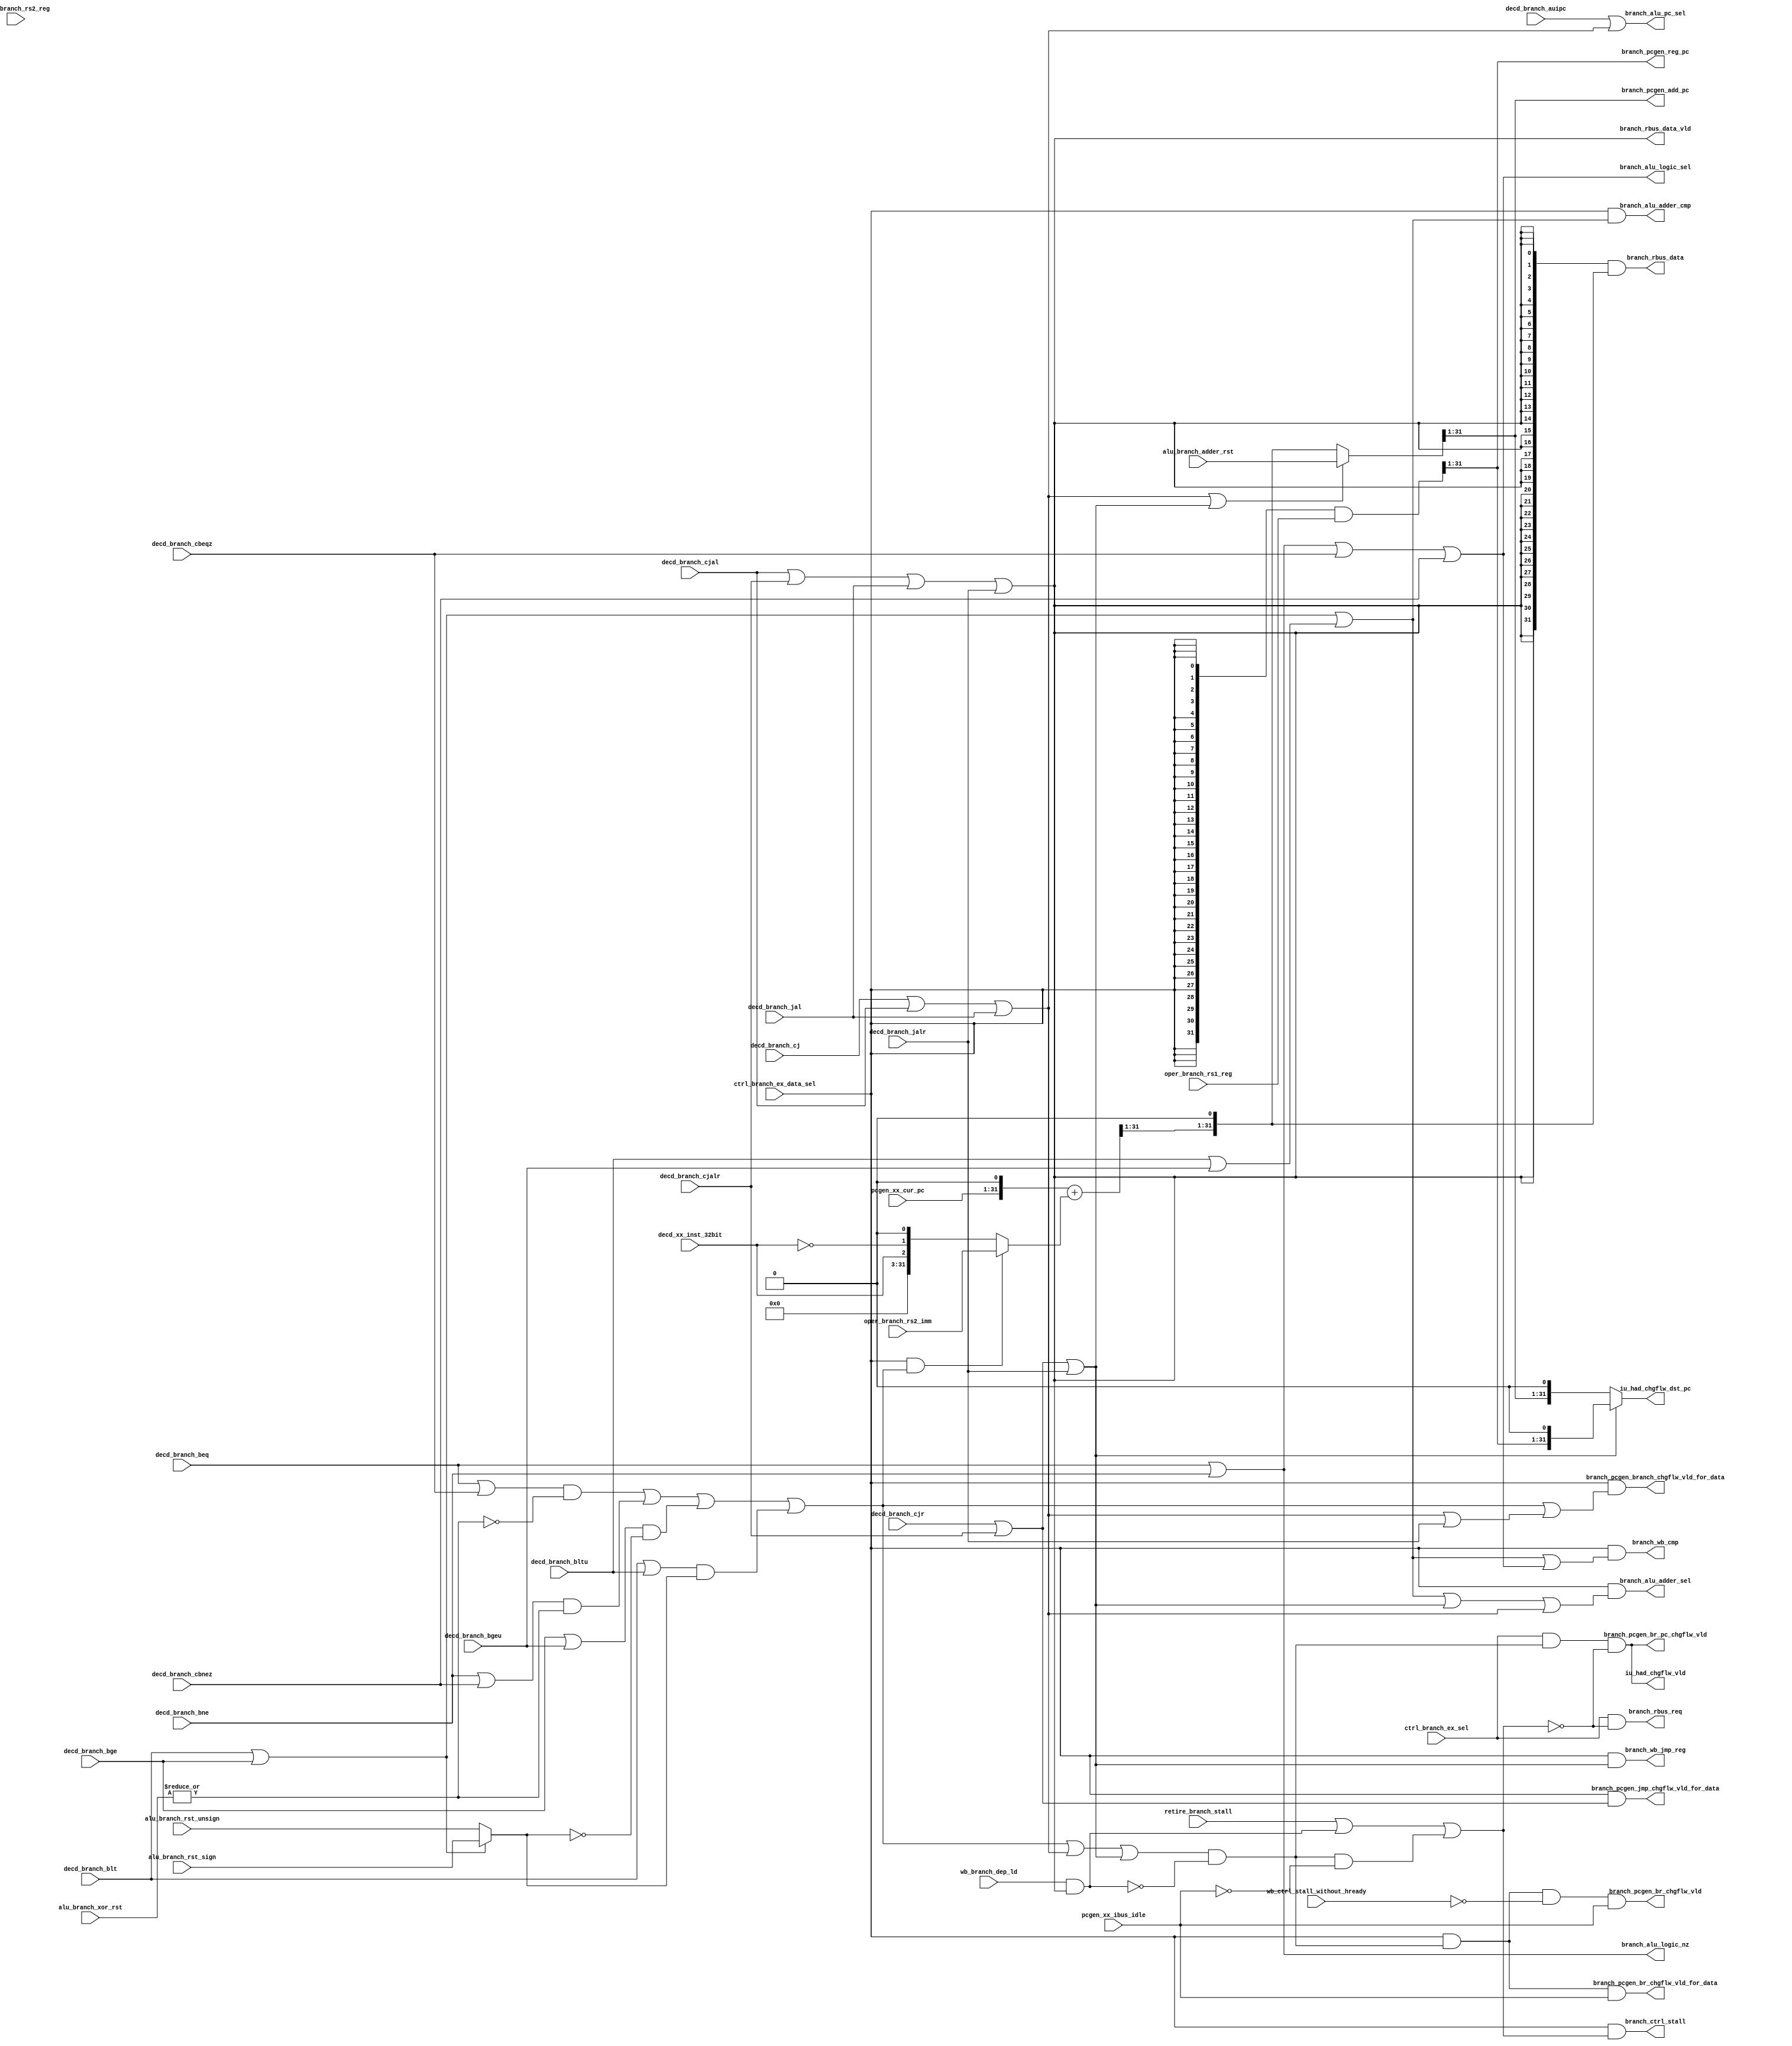
/*Copyright 2018-2021 T-Head Semiconductor Co., Ltd.

Licensed under the Apache License, Version 2.0 (the "License");
you may not use this file except in compliance with the License.
You may obtain a copy of the License at

    http://www.apache.org/licenses/LICENSE-2.0

Unless required by applicable law or agreed to in writing, software
distributed under the License is distributed on an "AS IS" BASIS,
WITHOUT WARRANTIES OR CONDITIONS OF ANY KIND, either express or implied.
See the License for the specific language governing permissions and
limitations under the License.
*/

// &ModuleBeg; @25
module cr_iu_branch(
  alu_branch_adder_rst,
  alu_branch_rst_sign,
  alu_branch_rst_unsign,
  alu_branch_xor_rst,
  branch_alu_adder_cmp,
  branch_alu_adder_sel,
  branch_alu_logic_nz,
  branch_alu_logic_sel,
  branch_alu_pc_sel,
  branch_ctrl_stall,
  branch_pcgen_add_pc,
  branch_pcgen_br_chgflw_vld,
  branch_pcgen_br_chgflw_vld_for_data,
  branch_pcgen_br_pc_chgflw_vld,
  branch_pcgen_branch_chgflw_vld_for_data,
  branch_pcgen_jmp_chgflw_vld_for_data,
  branch_pcgen_reg_pc,
  branch_rbus_data,
  branch_rbus_data_vld,
  branch_rbus_req,
  branch_wb_cmp,
  branch_wb_jmp_reg,
  ctrl_branch_ex_data_sel,
  ctrl_branch_ex_sel,
  decd_branch_auipc,
  decd_branch_beq,
  decd_branch_bge,
  decd_branch_bgeu,
  decd_branch_blt,
  decd_branch_bltu,
  decd_branch_bne,
  decd_branch_cbeqz,
  decd_branch_cbnez,
  decd_branch_cj,
  decd_branch_cjal,
  decd_branch_cjalr,
  decd_branch_cjr,
  decd_branch_jal,
  decd_branch_jalr,
  decd_xx_inst_32bit,
  iu_had_chgflw_dst_pc,
  iu_had_chgflw_vld,
  oper_branch_rs1_reg,
  oper_branch_rs2_imm,
  oper_branch_rs2_reg,
  pcgen_xx_cur_pc,
  pcgen_xx_ibus_idle,
  retire_branch_stall,
  wb_branch_dep_ld,
  wb_ctrl_stall_without_hready
);

// &Ports; @26
input   [31:0]  alu_branch_adder_rst;                   
input           alu_branch_rst_sign;                    
input           alu_branch_rst_unsign;                  
input   [31:0]  alu_branch_xor_rst;                     
input           ctrl_branch_ex_data_sel;                
input           ctrl_branch_ex_sel;                     
input           decd_branch_auipc;                      
input           decd_branch_beq;                        
input           decd_branch_bge;                        
input           decd_branch_bgeu;                       
input           decd_branch_blt;                        
input           decd_branch_bltu;                       
input           decd_branch_bne;                        
input           decd_branch_cbeqz;                      
input           decd_branch_cbnez;                      
input           decd_branch_cj;                         
input           decd_branch_cjal;                       
input           decd_branch_cjalr;                      
input           decd_branch_cjr;                        
input           decd_branch_jal;                        
input           decd_branch_jalr;                       
input           decd_xx_inst_32bit;                     
input   [31:0]  oper_branch_rs1_reg;                    
input   [31:0]  oper_branch_rs2_imm;                    
input   [31:0]  oper_branch_rs2_reg;                    
input   [30:0]  pcgen_xx_cur_pc;                        
input           pcgen_xx_ibus_idle;                     
input           retire_branch_stall;                    
input           wb_branch_dep_ld;                       
input           wb_ctrl_stall_without_hready;           
output          branch_alu_adder_cmp;                   
output          branch_alu_adder_sel;                   
output          branch_alu_logic_nz;                    
output          branch_alu_logic_sel;                   
output          branch_alu_pc_sel;                      
output          branch_ctrl_stall;                      
output  [30:0]  branch_pcgen_add_pc;                    
output          branch_pcgen_br_chgflw_vld;             
output          branch_pcgen_br_chgflw_vld_for_data;    
output          branch_pcgen_br_pc_chgflw_vld;          
output          branch_pcgen_branch_chgflw_vld_for_data; 
output          branch_pcgen_jmp_chgflw_vld_for_data;   
output  [30:0]  branch_pcgen_reg_pc;                    
output  [31:0]  branch_rbus_data;                       
output          branch_rbus_data_vld;                   
output          branch_rbus_req;                        
output          branch_wb_cmp;                          
output          branch_wb_jmp_reg;                      
output  [31:0]  iu_had_chgflw_dst_pc;                   
output          iu_had_chgflw_vld;                      

// &Regs; @27

// &Wires; @28
wire    [31:0]  adder_pc;                               
wire    [31:0]  adder_src0;                             
wire    [31:0]  adder_src1;                             
wire    [31:0]  alu_branch_adder_rst;                   
wire            alu_branch_rst_sign;                    
wire            alu_branch_rst_unsign;                  
wire    [31:0]  alu_branch_xor_rst;                     
wire            branch_alu_adder_cmp;                   
wire            branch_alu_adder_sel;                   
wire            branch_alu_logic_nz;                    
wire            branch_alu_logic_sel;                   
wire            branch_alu_pc_sel;                      
wire            branch_br;                              
wire            branch_br_chgflw;                       
wire            branch_br_cmp;                          
wire            branch_br_cmpu;                         
wire            branch_br_eql;                          
wire            branch_br_xor;                          
wire            branch_cmp_result;                      
wire            branch_ctrl_stall;                      
wire            branch_eql_result;                      
wire    [31:0]  branch_imm;                             
wire            branch_jmp;                             
wire            branch_jmp_pc;                          
wire            branch_jmp_reg;                         
wire            branch_link;                            
wire    [30:0]  branch_pcgen_add_pc;                    
wire            branch_pcgen_br_chgflw_vld;             
wire            branch_pcgen_br_chgflw_vld_for_data;    
wire            branch_pcgen_br_pc_chgflw_vld;          
wire            branch_pcgen_branch_chgflw_vld_for_data; 
wire            branch_pcgen_jmp_chgflw_vld_for_data;   
wire    [30:0]  branch_pcgen_reg_pc;                    
wire    [31:0]  branch_rbus_data;                       
wire            branch_rbus_data_vld;                   
wire            branch_rbus_req;                        
wire    [31:0]  branch_rs1;                             
wire            branch_stall;                           
wire            branch_taken;                           
wire            branch_wb_cmp;                          
wire            branch_wb_jmp_reg;                      
wire            ctrl_branch_ex_data_sel;                
wire            ctrl_branch_ex_sel;                     
wire            decd_branch_auipc;                      
wire            decd_branch_beq;                        
wire            decd_branch_bge;                        
wire            decd_branch_bgeu;                       
wire            decd_branch_blt;                        
wire            decd_branch_bltu;                       
wire            decd_branch_bne;                        
wire            decd_branch_cbeqz;                      
wire            decd_branch_cbnez;                      
wire            decd_branch_cj;                         
wire            decd_branch_cjal;                       
wire            decd_branch_cjalr;                      
wire            decd_branch_cjr;                        
wire            decd_branch_jal;                        
wire            decd_branch_jalr;                       
wire            decd_xx_inst_32bit;                     
wire    [31:0]  inc_offset;                             
wire            inst_auipc;                             
wire            inst_beq;                               
wire            inst_bge;                               
wire            inst_bgeu;                              
wire            inst_blt;                               
wire            inst_bltu;                              
wire            inst_bne;                               
wire            inst_cbeqz;                             
wire            inst_cbnez;                             
wire            inst_cj;                                
wire            inst_cjal;                              
wire            inst_cjalr;                             
wire            inst_cjr;                               
wire            inst_jal;                               
wire            inst_jalr;                              
wire    [31:0]  iu_had_chgflw_dst_pc;                   
wire            iu_had_chgflw_vld;                      
wire    [31:0]  oper_branch_rs1_reg;                    
wire    [31:0]  oper_branch_rs2_imm;                    
wire    [30:0]  pcgen_xx_cur_pc;                        
wire            pcgen_xx_ibus_idle;                     
wire            retire_branch_stall;                    
wire    [31:0]  target_pc;                              
wire            wb_branch_dep_ld;                       
wire            wb_ctrl_stall_without_hready;           


//==============================================================================
//                      Operands and Operation Prepare
//==============================================================================

//-----------------------------------------------------
// Rename Input Signals
//-----------------------------------------------------
assign inst_cj    = decd_branch_cj;
assign inst_cjal  = decd_branch_cjal;
assign inst_cjr   = decd_branch_cjr;
assign inst_cjalr = decd_branch_cjalr;
assign inst_cbeqz = decd_branch_cbeqz;
assign inst_cbnez = decd_branch_cbnez;
assign inst_auipc = decd_branch_auipc;
assign inst_jal   = decd_branch_jal;
assign inst_jalr  = decd_branch_jalr;
assign inst_beq   = decd_branch_beq;
assign inst_bne   = decd_branch_bne;
assign inst_blt   = decd_branch_blt;
assign inst_bge   = decd_branch_bge;
assign inst_bltu  = decd_branch_bltu;
assign inst_bgeu  = decd_branch_bgeu;

//-----------------------------------------------------
// Function Prepare
//-----------------------------------------------------
assign branch_jmp_pc  = inst_cj   || inst_cjal  || inst_jal;
assign branch_jmp_reg = inst_cjr  || inst_cjalr || inst_jalr;
assign branch_br_cmp  = inst_blt  || inst_bge;
assign branch_br_cmpu = inst_bltu || inst_bgeu;
assign branch_br_xor  = inst_beq  || inst_bne;

assign branch_jmp     = branch_jmp_pc || inst_jalr;
assign branch_link    = inst_cjal || inst_cjalr || inst_jal || inst_jalr;

//-----------------------------------------------------
// Operands Prepare
//-----------------------------------------------------
assign branch_rs1[31:0] = {32{ctrl_branch_ex_data_sel}} & oper_branch_rs1_reg[31:0];
//assign branch_rs1[31:0] = {32{branch_jmp_reg}} & oper_branch_rs1_reg[31:0];
assign branch_imm[31:0] = oper_branch_rs2_imm[31:0];
//-----------------------------------------------------
// Compute
//-----------------------------------------------------
// adder
assign adder_src0[31:0] = {pcgen_xx_cur_pc[30:0], 1'b0};
assign adder_src1[31:0] = (ctrl_branch_ex_data_sel && branch_taken) ? 
                           branch_imm[31:0] : inc_offset[31:0];
assign inc_offset[31:0] = {29'b0, decd_xx_inst_32bit, !decd_xx_inst_32bit, 1'b0};
assign adder_pc[31:0]   = adder_src0[31:0] + adder_src1[31:0];

assign branch_taken = (inst_beq || inst_cbeqz) && !branch_eql_result
                   || (inst_bne || inst_cbnez) &&  branch_eql_result
                   || (inst_bge || inst_bgeu)  && !branch_cmp_result
                   || (inst_blt || inst_bltu)  &&  branch_cmp_result;

//take direct branchs updata pc valid signal
//br, bsr, jmp, jsr, and taken br, bf
assign branch_br_chgflw  = (branch_taken || branch_jmp_pc || branch_jmp_reg)
                                  && !(wb_branch_dep_ld && branch_link);

//when branch disable, the branch dbg_disable info is depend
//on the target addr
assign branch_stall      = retire_branch_stall //for dbg disable
                        || wb_branch_dep_ld && branch_link
                        || (branch_br_chgflw && !pcgen_xx_ibus_idle);
assign branch_ctrl_stall = ctrl_branch_ex_data_sel && branch_stall;

//-----------------------------------------------------
// result bus request
//-----------------------------------------------------
// branch complete when receiving direct branches, and
// indirect branches complete when mpu access dent or
// transcmplt
assign branch_rbus_req = ctrl_branch_ex_sel && !branch_stall;// && aranch_br

//-----------------------------------------------------
// result bus request data and data valid
//-----------------------------------------------------
//lrw and subroutine call need write back
assign branch_rbus_data_vld   = branch_link;// || inst_auipc;
//assign branch_rbus_data[31:0] = {32{branch_link}} & alu_branch_adder_rst[31:0]
assign branch_rbus_data[31:0] = {32{branch_link}} & {adder_pc[31:1], 1'b0}
                              ;//| {32{inst_auipc}} & target_pc[31:0];

assign branch_br_eql     = inst_beq  || inst_bne || inst_cbeqz || inst_cbnez;
assign branch_br         = branch_br_cmp || branch_br_cmpu || branch_br_eql;
assign branch_wb_cmp     = ctrl_branch_ex_data_sel && branch_br;
assign branch_wb_jmp_reg = ctrl_branch_ex_data_sel && branch_jmp_reg;
//-----------------------------------------------------
// Indicate jump register to set stall signal
//-----------------------------------------------------
// &Force("input","oper_branch_rs2_reg"); @157
// &Force("bus","oper_branch_rs2_reg",31,0); @158
assign branch_alu_adder_sel = ctrl_branch_ex_data_sel && (branch_br_cmp ||
                                                          branch_br_cmpu ||
                                                          branch_jmp_reg ||
                                                          branch_jmp_pc);
assign branch_alu_adder_cmp = ctrl_branch_ex_data_sel && (branch_br_cmp ||
                                                          branch_br_cmpu);
assign branch_alu_logic_sel = inst_beq || inst_bne || inst_cbeqz || inst_cbnez;
assign branch_alu_logic_nz = branch_br_xor;

assign branch_alu_pc_sel = inst_auipc || branch_jmp_pc;

assign branch_eql_result = |alu_branch_xor_rst[31:0];
assign branch_cmp_result = branch_br_cmp ? alu_branch_rst_sign
                                         : alu_branch_rst_unsign;

assign target_pc[31:0]  = (branch_jmp_pc || branch_jmp_reg) ? alu_branch_adder_rst[31:0]
                         : {adder_pc[31:1], 1'b0};

//==========================================================
//          Interface with ibus and IFU change flow
//==========================================================
//-----------------------------------------------------
// direct branch change flow
//-----------------------------------------------------
//branch unit request when receiving jsr and jmp except jmp r15
// &Force("output","branch_pcgen_br_pc_chgflw_vld"); @185
assign branch_pcgen_br_chgflw_vld             = ctrl_branch_ex_data_sel && branch_br_chgflw
                                             && !wb_ctrl_stall_without_hready
                                             && pcgen_xx_ibus_idle;
assign branch_pcgen_br_chgflw_vld_for_data    = ctrl_branch_ex_data_sel && branch_br_chgflw
                                             && pcgen_xx_ibus_idle;
//all direct branch should update pc
assign branch_pcgen_br_pc_chgflw_vld          = ctrl_branch_ex_sel && branch_br_chgflw
                                             && !branch_stall;
assign branch_pcgen_branch_chgflw_vld_for_data = ctrl_branch_ex_data_sel
                                              && (branch_taken || branch_jmp);
assign branch_pcgen_jmp_chgflw_vld_for_data    = ctrl_branch_ex_data_sel
                                              && (inst_cjr || inst_cjalr); 

//-----------------------------------------------------
// direct branch change flow
//-----------------------------------------------------
//the change flow address is from register or offset summation
// &Force("output","branch_pcgen_reg_pc"); @203
// &Force("output","branch_pcgen_add_pc"); @204
// &Force("bus","lsu_iu_branch_rst", 31, 0); @205
assign branch_pcgen_reg_pc[30:0] = branch_rs1[31:1];
assign branch_pcgen_add_pc[30:0] = target_pc[31:1];

assign iu_had_chgflw_vld = branch_pcgen_br_pc_chgflw_vld;
assign iu_had_chgflw_dst_pc[31:0] = branch_jmp_reg ? {branch_pcgen_reg_pc[30:0], 1'b0}
                                                   : {branch_pcgen_add_pc[30:0], 1'b0};
// &ModuleEnd; @214
endmodule